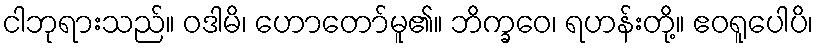
ငါဘုရားသည်။ ဝဒါမိ၊ ဟောတော်မူ၏။ ဘိက္ခဝေ၊ ရဟန်းတို့။ ဧဝရူပေါပိ၊